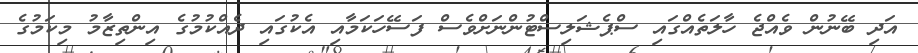
އަދި ބޭނުން ވެއްޖެ ހާލަތެއްގައި ސްޕެޝަލިސްޓުންނަށްވެސް ފަސޭހަކަމާއި އެކުގައި ދެއްކުމުގެ އިންތިޒާމު މިކަމުގެ